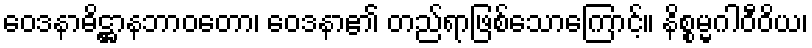
ဝေဒနာဓိဋ္ဌာနဘာဝတော၊ ဝေဒနာ၏ တည်ရာဖြစ်သောကြောင့်။ နိစ္စမ္မဂါဝီဝိယ၊